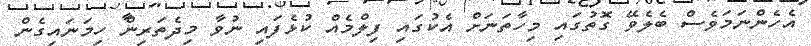
އެހެންނަމަވެސް ބެލެވޭ ގޮތުގައި މިހާތަނަށް އެކުގައި ފިލްމެއް ކުޅެފައި ނުވާ މިދެތަރިން ހިމަނައިގެން